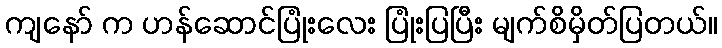
ကျနော် က ဟန်ဆောင်ပြုံးလေး ပြုံးပြပြီး မျက်စိမှိတ်ပြတယ်။